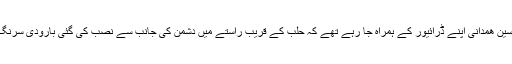
کاظمینی کا کہنا تھا کہ جنر حسین ھمدانی اپنے ڈرائیور کے ہمراہ جا رہے تھے کہ حلب کے قریب راستے میں دشمن کی جانب سے نصب کی گئی بارودی سرنگ پھٹنے سے جاں بحق ہوگئے۔